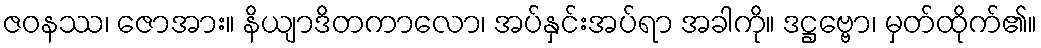
ဇဝနဿ၊ ဇောအား။ နိယျာဒိတကာလော၊ အပ်နှင်းအပ်ရာ အခါကို။ ဒဋ္ဌဗ္ဗော၊ မှတ်ထိုက်၏။